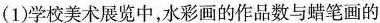
(1)学校美术展览中，水彩画的作品数与蜡笔画的